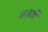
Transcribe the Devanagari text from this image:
सरबती